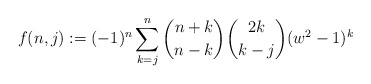
\begin{align*}f(n,j) := (-1)^n\sum_{k = j}^n \binom{n+k}{n-k} \binom{2k}{k-j} (w^2-1)^k\end{align*}